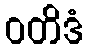
ဝတိဒံ